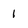
Character: 1